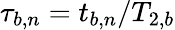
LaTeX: \tau_{b,n}=t_{b,n}/T_{2,b}